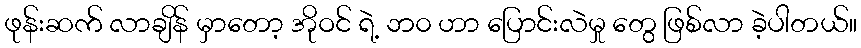
ဖုန်းဆက် လာချိန် မှာတော့ အိုဝင် ရဲ့ ဘ၀ ဟာ ပြောင်းလဲမှု တွေ ဖြစ်လာ ခဲ့ပါတယ်။